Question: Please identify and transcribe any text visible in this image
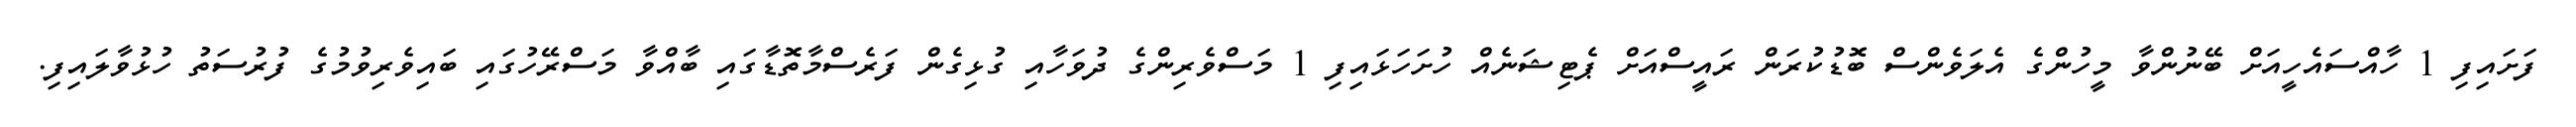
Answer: ފަށައިފި 1 ހާއްސައެހީއަށް ބޭނުންވާ މީހުންގެ އެލަވެންސް ބޮޑުކުރަން ރައީސްއަށް ޕެޓިޝަނެއް ހުށަހަޅައިފި 1 މަސްވެރިންގެ ދުވަހާއި ގުޅިގެން ފަރެސްމާތޮޑާގައި ބާއްވާ މަސްރޭހުގައި ބައިވެރިވުމުގެ ފުރުސަތު ހުޅުވާލައިފި.